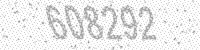
Solution: 608292